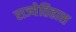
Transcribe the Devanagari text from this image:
राज्येतिहास